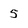
Character: 5